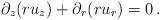
LaTeX: \begin{align*}\partial_z(ru_z) + \partial_r(ru_r) = 0\,.\end{align*}